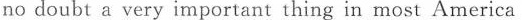
no doubt a very important thing in most America